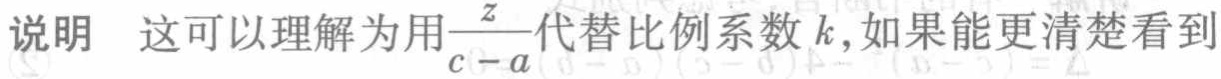
说明 这可以理解为用$\frac{z}{c - a}$代替比例系数$k$,如果能更清楚看到